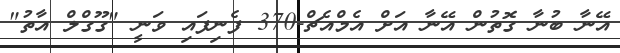
އޭނާ ބުނާ ގޮތުން އޭނާ އަށް އެމްއެޗް-370 ފެނިފައި ވަނީ "ގޫގްލް އާތު"